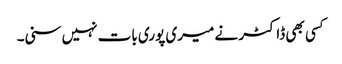
کسی بھی ڈاکٹر نے میری پوری بات نہیں سنی۔